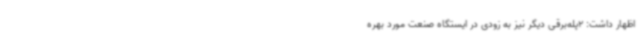
اظهار داشت: 2پله‌برقی دیگر نیز به زودی در ایستگاه صنعت مورد بهره‌